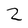
Character: 2